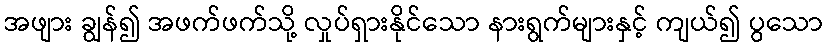
အဖျား ချွန်၍ အဖက်ဖက်သို့ လှုပ်ရှားနိုင်သော နားရွက်များနှင့် ကျယ်၍ ပွသော